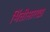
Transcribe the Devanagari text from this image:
भिंतीसारखा